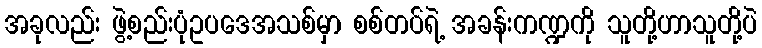
အခုလည်း ဖွဲ့စည်းပုံဥပဒေအသစ်မှာ စစ်တပ်ရဲ့ အခန်းကဏ္ဍကို သူတို့ဟာသူတို့ပဲ